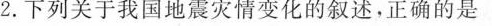
2.下列关于我国地震灾情变化的叙述，正确的是